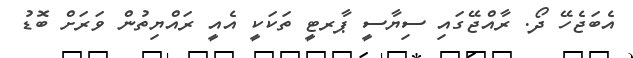
އެބަޖެހޭ ދޯ. ރާއްޖޭގައި ސިޔާސީ ޕާރޓީ ތަކަކީ އެއީ ރައްޔިތުން ވަރަށް ބޮޑު